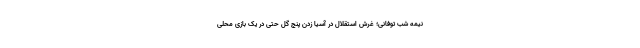
نیمه شب توفانی؛ غُرش استقلال در آسیا زدن پنج گل حتی در یک بازی محلی